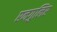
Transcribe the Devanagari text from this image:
एनगुलिए